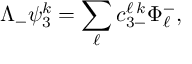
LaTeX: \Lambda _ { - } \psi _ { 3 } ^ { k } = \sum _ { \ell } { c _ { 3 - } ^ { \ell \, k } \Phi _ { \ell } ^ { - } } ,